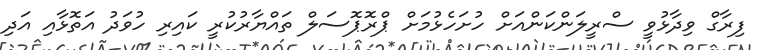
ފިރާގް ވިދާޅުވީ ސްރީލަންކަންއަށް ހުށަހެޅުމަށް ޕްރޮޕޮސަލް ތައްޔާރުކުރީ ކައިރި ހުވަދު އަތޮޅާއި އަދި